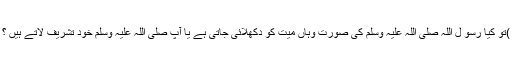
)تو کیا رسو ل اللہ صلی اللہ علیہ وسلم کی صورت وہاں میت کو دکھلائی جاتی ہے یا آپ صلی اللہ علیہ وسلم خود تشریف لاتے ہیں ؟